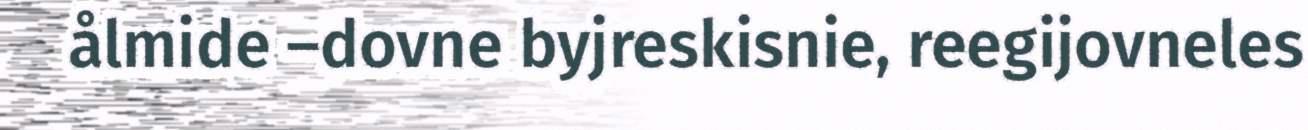
ålmide –dovne byjreskisnie, reegijovneles